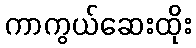
ကာကွယ်ဆေးထိုး